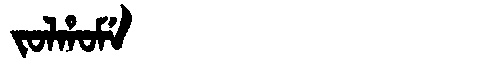
Manchu: ᠵᠣᠯᡥᠣᠮᡝ
Romanization: JOLHOME